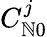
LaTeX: C_{\mathbb{N}0}^{j}